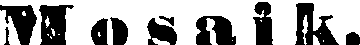
M o s a i k.